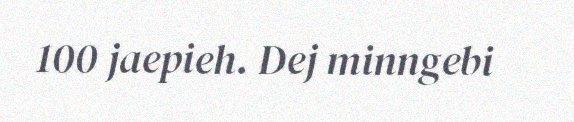
100 jaepieh. Dej minngebi